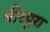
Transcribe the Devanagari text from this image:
नीरपुरा